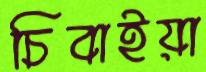
চিবাইয়া